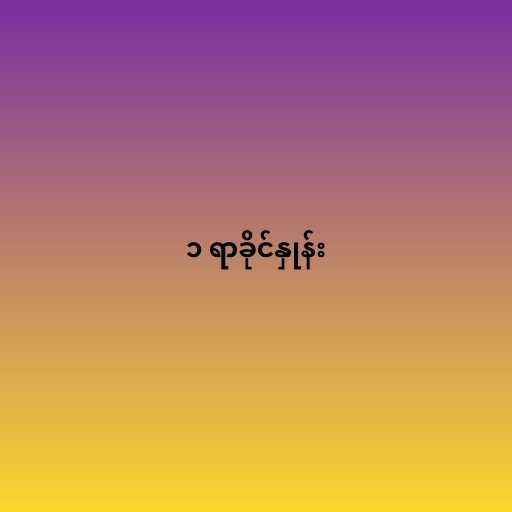
၁ ရာခိုင်နှုန်း